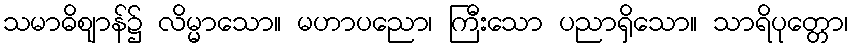
သမာဓိဈာန်၌ လိမ္မာသော။ မဟာပညော၊ ကြီးသော ပညာရှိသော။ သာရိပုတ္တော၊